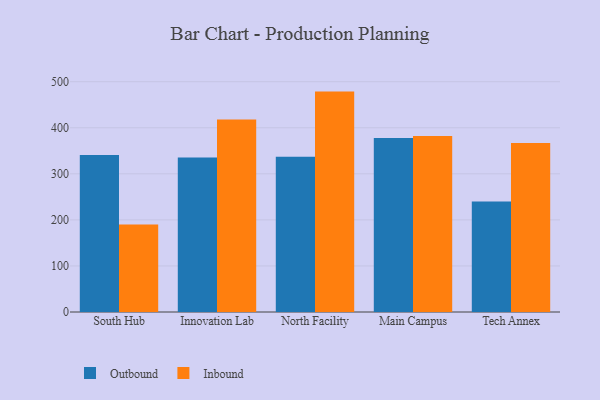
{"axis": {"x": "Campus", "y": "LTV (USD)"}, "legend": ["Inbound", "Outbound"], "data": [{"x": "South Hub", "y": 340.8, "type": "Outbound"}, {"x": "South Hub", "y": 189.9, "type": "Inbound"}, {"x": "Innovation Lab", "y": 335.6, "type": "Outbound"}, {"x": "Innovation Lab", "y": 417.9, "type": "Inbound"}, {"x": "North Facility", "y": 337.2, "type": "Outbound"}, {"x": "North Facility", "y": 478.5, "type": "Inbound"}, {"x": "Main Campus", "y": 377.7, "type": "Outbound"}, {"x": "Main Campus", "y": 382.3, "type": "Inbound"}, {"x": "Tech Annex", "y": 240.0, "type": "Outbound"}, {"x": "Tech Annex", "y": 366.9, "type": "Inbound"}]}